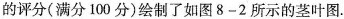
的评分（满分100分）绘制了如图8-2所示的茎叶图